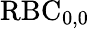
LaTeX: \mathrm{RBC}_{0,0}